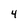
Character: 4